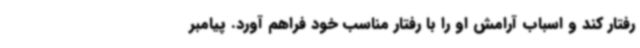
رفتار کند و اسباب آرامش او را با رفتار مناسب خود فراهم آورد. پیامبر